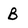
Character: B